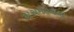
અસમરચના